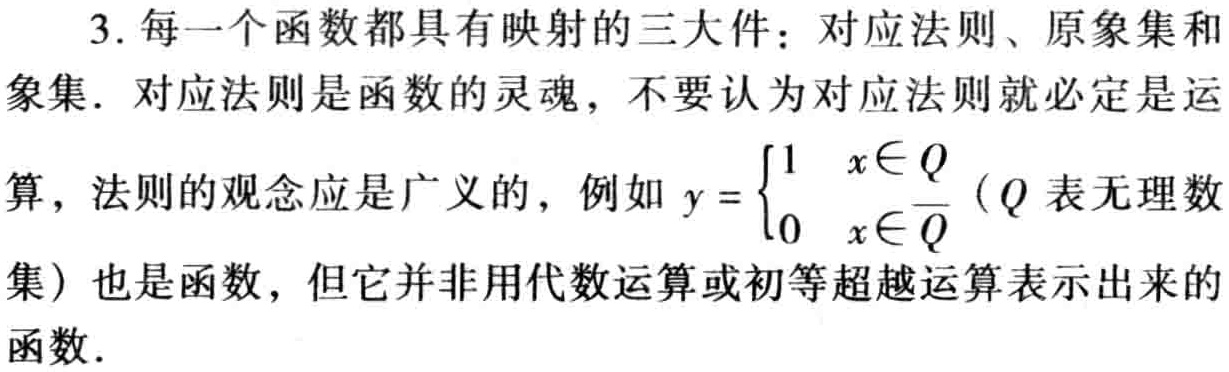
3. 每一个函数都具有映射的三大件：对应法则、原象集和象集. 对应法则是函数的灵魂，不要认为对应法则就必定是运算，法则的观念应是广义的，例如 \(y = \begin{cases}1&x\in Q\\0&x\in\overline{Q}\end{cases}\)（\(Q\) 表无理数集）也是函数，但它并非用代数运算或初等超越运算表示出来的函数.